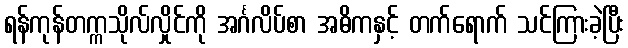
ရန်ကုန်တက္ကသိုလ်လှိုင်ကို အင်္ဂလိပ်စာ အဓိကနှင့် တက်ရောက် သင်ကြားခဲ့ပြီး